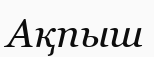
Ақпыш